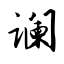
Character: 谰